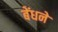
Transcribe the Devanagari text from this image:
बेंधने